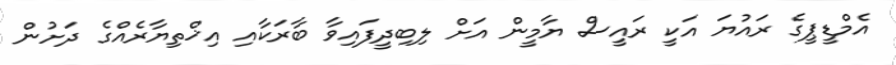
އެމްޑީޕީގެ ރައުޔަ އަކީ ރައީސް ޔާމީން އަށް ލިބިދީފައިވާ ބާރަކާއި އިޚްތިޔާރެއްގެ ދަށުން